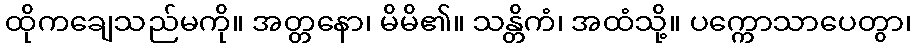
ထိုကချေသည်မကို။ အတ္တနော၊ မိမိ၏။ သန္တိကံ၊ အထံသို့။ ပက္ကောသာပေတွာ၊